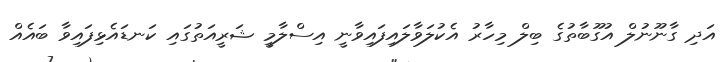
އަދި ގާނޫނުލް އުގޫބާތުގެ ބިލް މިހާރު އެކުލަވާލައިފައިވާނީ އިސްލާމީ ޝަރީއަތުގައި ކަނޑައެޅިފައިވާ ބައެއް